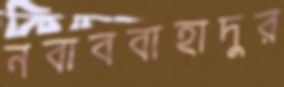
নবাববাহাদুর